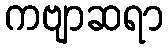
ကဗျာဆရာ